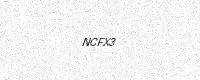
Text: NCFX3